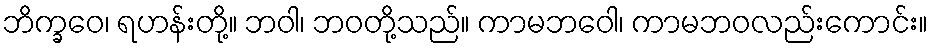
ဘိက္ခဝေ၊ ရဟန်းတို့။ ဘဝါ၊ ဘဝတို့သည်။ ကာမဘဝေါ၊ ကာမဘဝလည်းကောင်း။